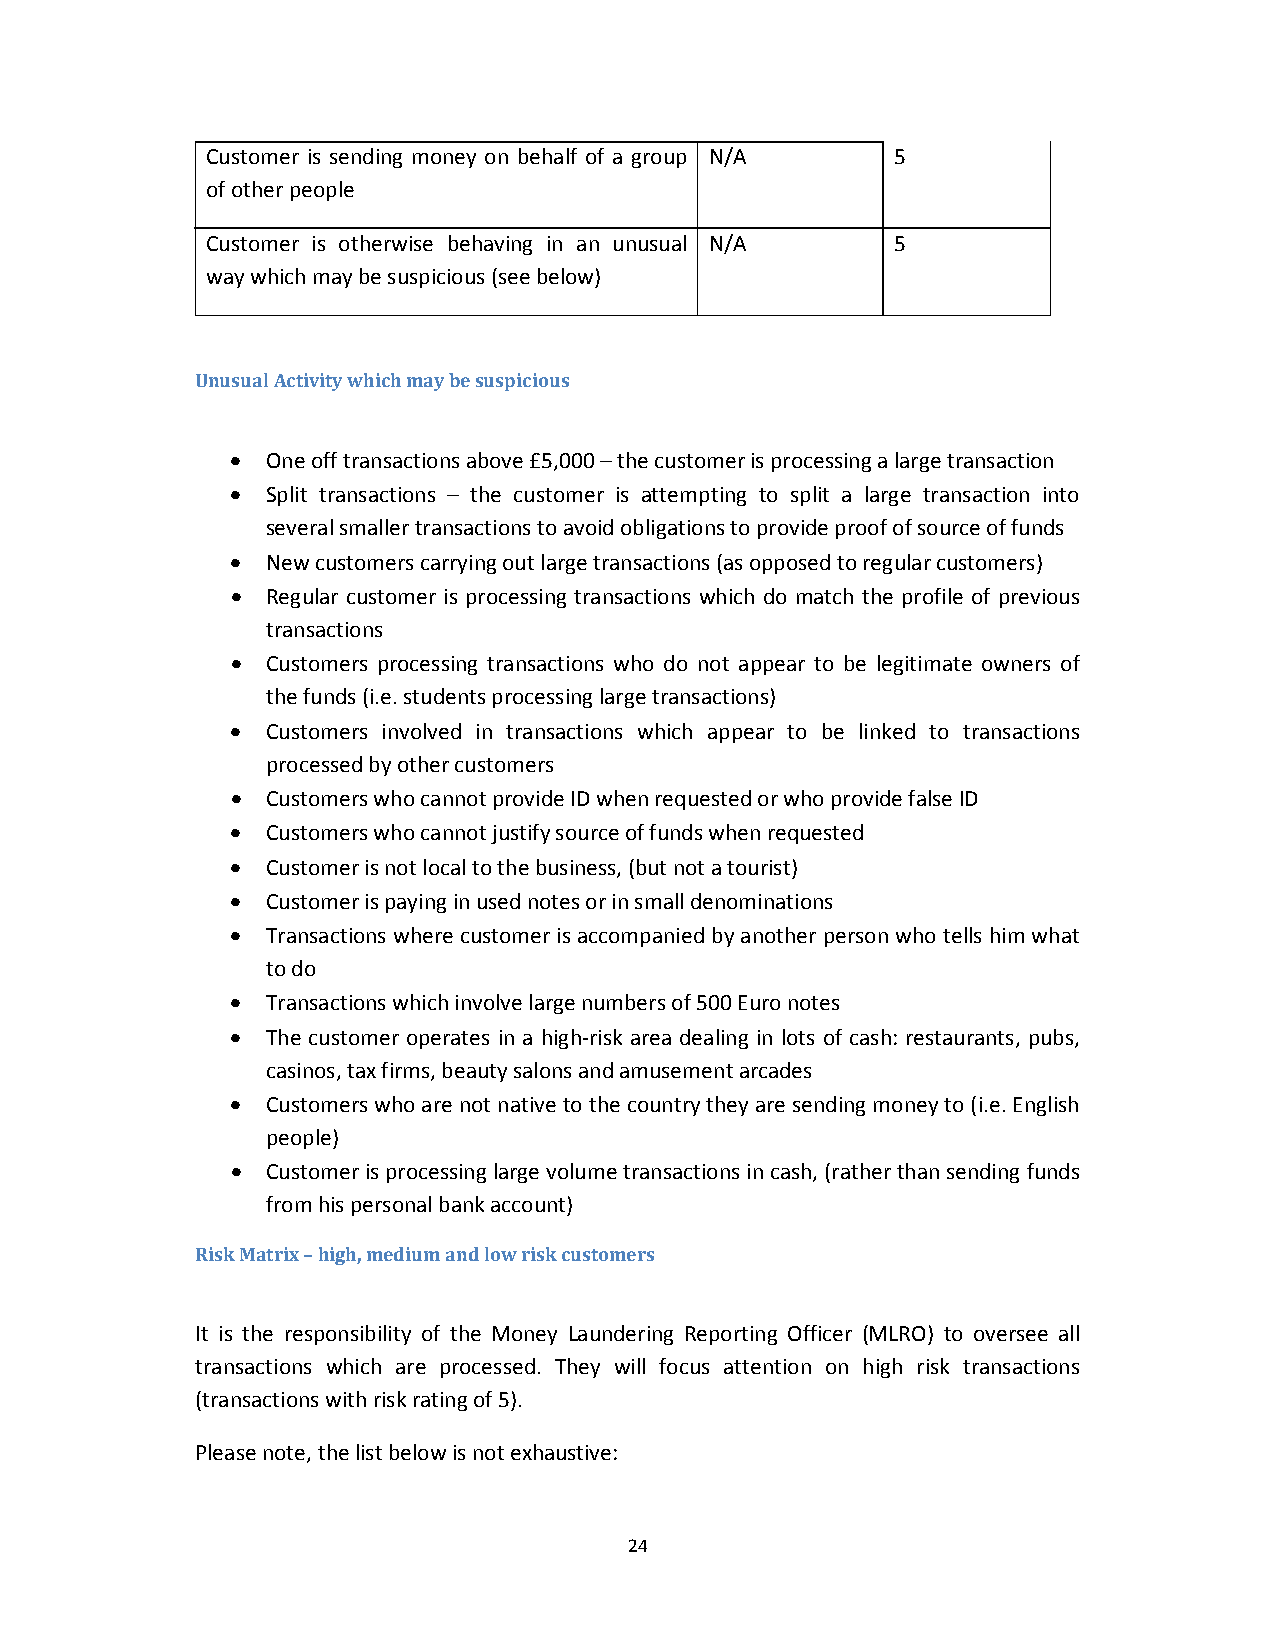
Customer is sending money on behalf of a group N/A 5
 of other people
 Customer is otherwise behaving in an unusual N/A 5
 way which may be suspicious (see below)
 Unusual Activity which may be suspicious
   One off transactions above £5,000 – the customer is processing a large transaction
   Split transactions – the customer is attempting to split a large transaction into
 several smaller transactions to avoid obligations to provide proof of source of funds
   New customers carrying out large transactions (as opposed to regular customers)
   Regular customer is processing transactions which do match the profile of previous
 transactions
   Customers processing transactions who do not appear to be legitimate owners of
 the funds (i.e. students processing large transactions)
   Customers involved in transactions which appear to be linked to transactions
 processed by other customers
   Customers who cannot provide ID when requested or who provide false ID
   Customers who cannot justify source of funds when requested
   Customer is not local to the business, (but not a tourist)
   Customer is paying in used notes or in small denominations
   Transactions where customer is accompanied by another person who tells him what
 to do
   Transactions which involve large numbers of 500 Euro notes
   The customer operates in a high‐risk area dealing in lots of cash: restaurants, pubs,
 casinos, tax firms, beauty salons and amusement arcades
   Customers who are not native to the country they are sending money to (i.e. English
 people)
   Customer is processing large volume transactions in cash, (rather than sending funds
 from his personal bank account)
 Risk Matrix – high, medium and low risk customers
 It is the responsibility of the Money Laundering Reporting Officer (MLRO) to oversee all
 transactions which are processed. They will focus attention on high risk transactions
 (transactions with risk rating of 5).
 Please note, the list below is not exhaustive:
 24